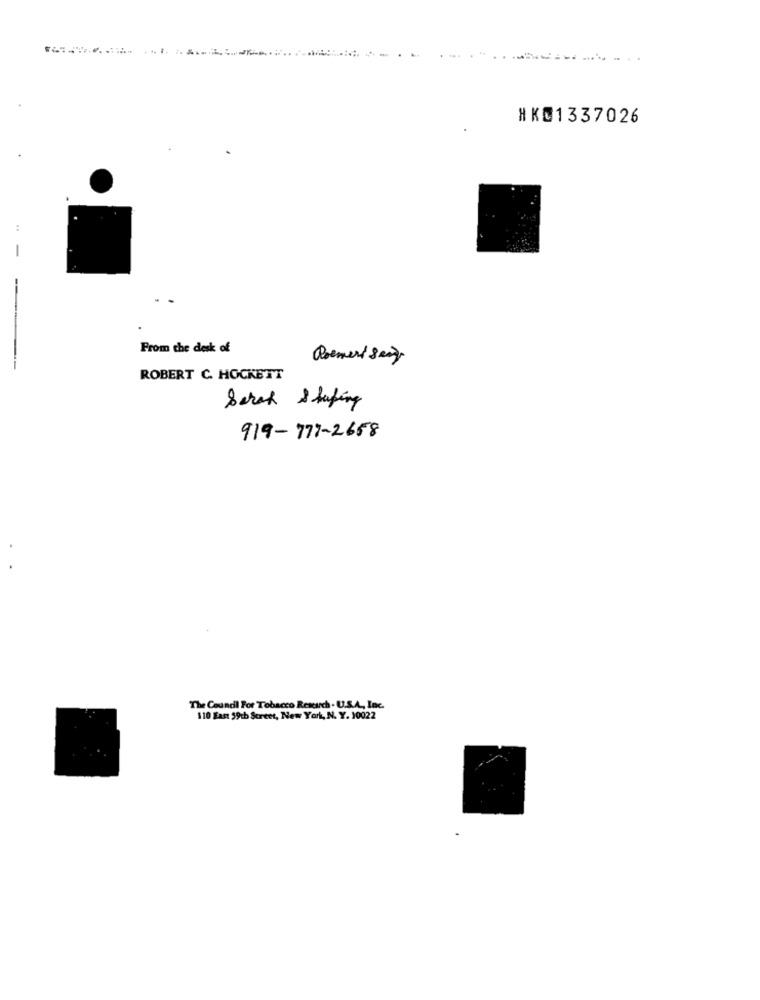
HKD1337026
..
From the desk of
Roemeni smag
ROBERT C. HOCKETT
Serch Shaping
919-777-2658
The Council For Tobacco Research . U.S.A ., Inc.
$10 East 59th Street, New York, N. Y. 10022